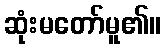
ဆုံးမတော်မူ၏။